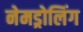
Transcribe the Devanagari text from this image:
नेमड्रोलिंग